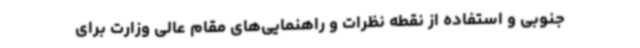
جنوبی و استفاده از نقطه نظرات و راهنمایی‌های مقام عالی وزارت برای